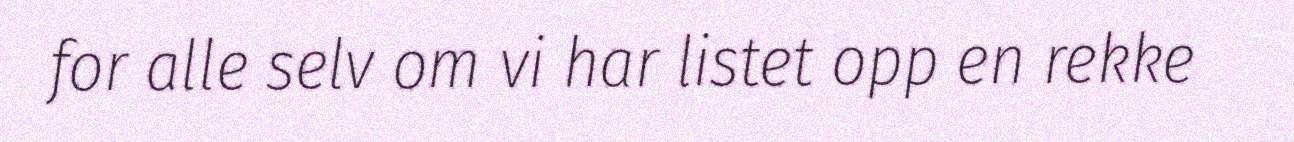
for alle selv om vi har listet opp en rekke